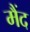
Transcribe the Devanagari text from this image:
मैंद